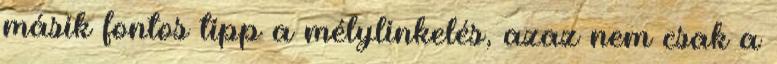
másik fontos tipp a mélylinkelés, azaz nem csak a